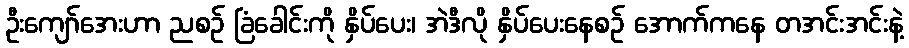
ဦးကျော်အေးဟာ ညစဉ် ခြံခေါင်းကို နှိပ်ပေး၊ အဲဒီလို နှိပ်ပေးနေစဉ် အောက်ကနေ တအင်းအင်းနဲ့